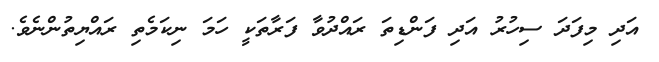
އަދި މިފަދަ ސިހުރު އަދި ފަންޑިތަ ރައްދުވާ ފަރާތަކީ ހަމަ ނިކަމެތި ރައްޔިތުންނެވެ.